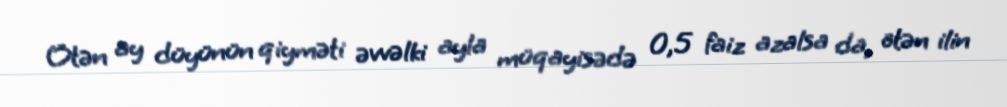
Ötən ay düyünün qiyməti əvvəlki ayla müqayisədə 0,5 faiz azalsa da, ötən ilin